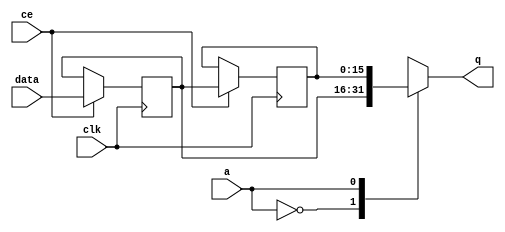
// ==============================================================
// File generated by Vivado(TM) HLS - High-Level Synthesis from C, C++ and SystemC
// Version: 2017.4.op
// Copyright (C) 1986-2018 Xilinx, Inc. All Rights Reserved.
// 
// ==============================================================


`timescale 1 ns / 1 ps

module fifo_w16_d1_A_shiftReg (
    clk,
    data,
    ce,
    a,
    q);

parameter DATA_WIDTH = 32'd16;
parameter ADDR_WIDTH = 32'd1;
parameter DEPTH = 32'd2;

input clk;
input [DATA_WIDTH-1:0] data;
input ce;
input [ADDR_WIDTH-1:0] a;
output [DATA_WIDTH-1:0] q;

reg[DATA_WIDTH-1:0] SRL_SIG [0:DEPTH-1];
integer i;

always @ (posedge clk)
    begin
        if (ce)
        begin
            for (i=0;i<DEPTH-1;i=i+1)
                SRL_SIG[i+1] <= SRL_SIG[i];
            SRL_SIG[0] <= data;
        end
    end

assign q = SRL_SIG[a];

endmodule

module fifo_w16_d1_A (
    clk,
    reset,
    if_empty_n,
    if_read_ce,
    if_read,
    if_dout,
    if_full_n,
    if_write_ce,
    if_write,
    if_din);

parameter MEM_STYLE   = "auto";
parameter DATA_WIDTH  = 32'd16;
parameter ADDR_WIDTH  = 32'd1;
parameter DEPTH       = 32'd2;

input clk;
input reset;
output if_empty_n;
input if_read_ce;
input if_read;
output[DATA_WIDTH - 1:0] if_dout;
output if_full_n;
input if_write_ce;
input if_write;
input[DATA_WIDTH - 1:0] if_din;

wire[ADDR_WIDTH - 1:0] shiftReg_addr ;
wire[DATA_WIDTH - 1:0] shiftReg_data, shiftReg_q;
wire                     shiftReg_ce;
reg[ADDR_WIDTH:0] mOutPtr = {(ADDR_WIDTH+1){1'b1}};
reg internal_empty_n = 0, internal_full_n = 1;

assign if_empty_n = internal_empty_n;
assign if_full_n = internal_full_n;
assign shiftReg_data = if_din;
assign if_dout = shiftReg_q;

always @ (posedge clk) begin
    if (reset == 1'b1)
    begin
        mOutPtr <= ~{ADDR_WIDTH+1{1'b0}};
        internal_empty_n <= 1'b0;
        internal_full_n <= 1'b1;
    end
    else begin
        if (((if_read & if_read_ce) == 1 & internal_empty_n == 1) && 
            ((if_write & if_write_ce) == 0 | internal_full_n == 0))
        begin
            mOutPtr <= mOutPtr - 1;
            if (mOutPtr == 0)
                internal_empty_n <= 1'b0;
            internal_full_n <= 1'b1;
        end 
        else if (((if_read & if_read_ce) == 0 | internal_empty_n == 0) && 
            ((if_write & if_write_ce) == 1 & internal_full_n == 1))
        begin
            mOutPtr <= mOutPtr + 1;
            internal_empty_n <= 1'b1;
            if (mOutPtr == DEPTH - 2)
                internal_full_n <= 1'b0;
        end 
    end
end

assign shiftReg_addr = mOutPtr[ADDR_WIDTH] == 1'b0 ? mOutPtr[ADDR_WIDTH-1:0]:{ADDR_WIDTH{1'b0}};
assign shiftReg_ce = (if_write & if_write_ce) & internal_full_n;

fifo_w16_d1_A_shiftReg 
#(
    .DATA_WIDTH(DATA_WIDTH),
    .ADDR_WIDTH(ADDR_WIDTH),
    .DEPTH(DEPTH))
U_fifo_w16_d1_A_ram (
    .clk(clk),
    .data(shiftReg_data),
    .ce(shiftReg_ce),
    .a(shiftReg_addr),
    .q(shiftReg_q));

endmodule